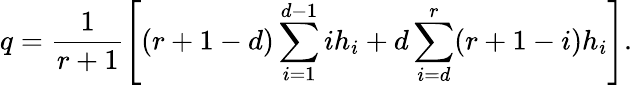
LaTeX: q=\frac{1}{r+1}\left[(r+1-d)\sum_{i=1}^{d-1}ih_{i}+d\sum_{i=d}^{r}(r+1-i)h_{i}\right].